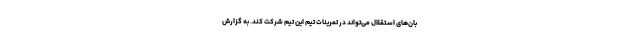
‌بان‌های استقلال می‌تواند در تمرینات تیم این تیم شرکت کند. به گزارش